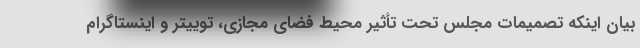
بیان اینکه تصمیمات مجلس تحت تأثیر محیط فضای مجازی، توییتر و اینستاگرام